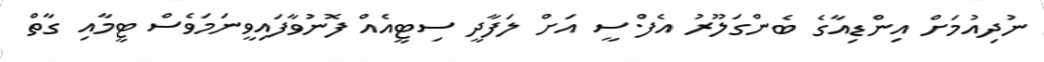
ނުދިއުމަށް އިންޑިއާގެ ބެންގަލޫރު އެފް.ސީ އަށް ލަފާދީ ސިޓީއެއް ފޮނުވާފައިވީނަމަވެސް ޓީމާއި ގާތް